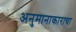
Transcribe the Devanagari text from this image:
अनुमानाकाराचा